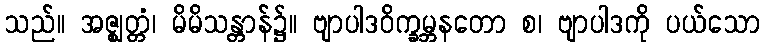
သည်။ အဇ္ဈတ္တံ၊ မိမိသန္တာန်၌။ ဗျာပါဒဝိက္ခမ္ဘနတော စ၊ ဗျာပါဒကို ပယ်သော